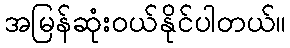
အမြန်ဆုံးဝယ်နိုင်ပါတယ်။